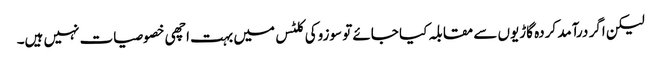
لیکن اگر درآمد کردہ گاڑیوں سے مقابلہ کیا جائے تو سوزوکی کلٹس میں بہت اچھی خصوصیات نہیں ہیں۔